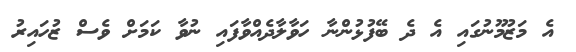
އެ މަޒުމޫނުގައި އެ ދެ ބޭފުޅުންނާ ހަވާލާދެއްވާފައި ނުވާ ކަމަށް ވެސް ޒުހައިރު